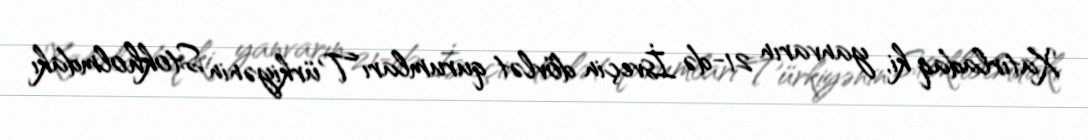
Xatırladaq ki, yanvarın 21-də İsveçin dövlət qurumları Türkiyənin Stokholmdakı